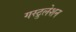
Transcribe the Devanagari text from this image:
गस्ट्रुलेशन